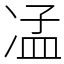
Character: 𠗠